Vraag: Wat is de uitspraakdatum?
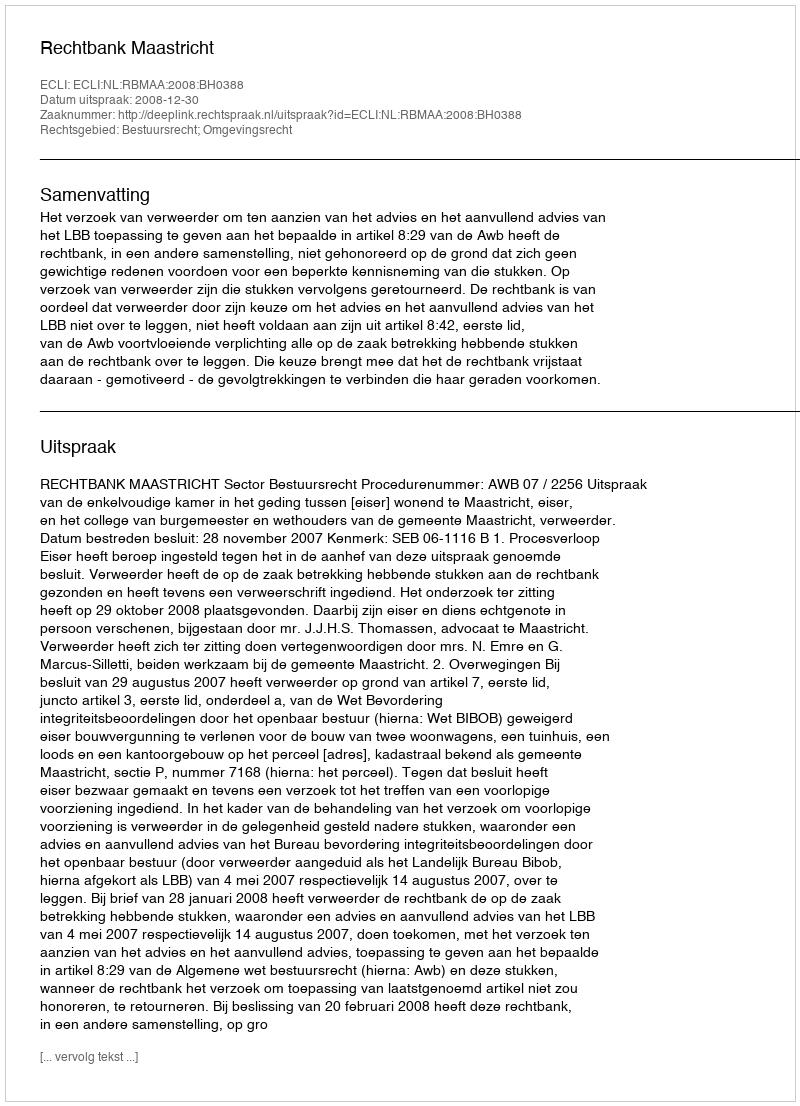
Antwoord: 2008-12-30